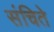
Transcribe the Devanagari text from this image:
संचिते